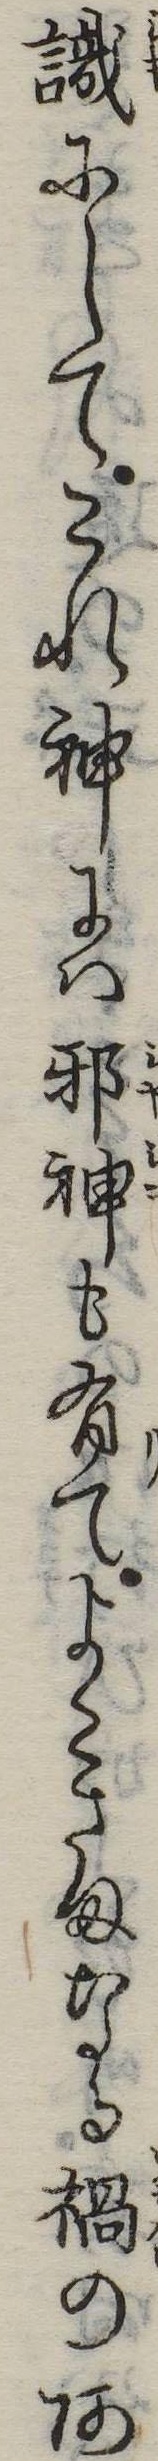
識にしてこれ神には邪神も有てよこさまなる禍のあ